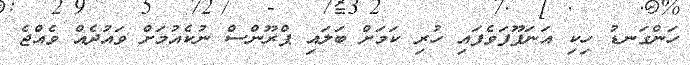
ހަންގަނޑު ހިކި އަނަފޫފަވެފައި ހުރި ކަމަށް ބަލައި ޕްރޫންސް ނުކެއުމަށް ވައުދެއް ވެއްޖެ